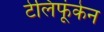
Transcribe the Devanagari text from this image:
टेलिफूंकेन